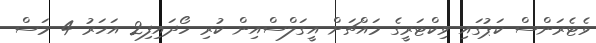
ވެޓެރަންސް ކަޕުގައި ވިކްޓަރީގެ މައްޗަށް އީގަލްސްއިން ކުރި ހޯދައިފި2 އަހަރު 4 މަސް